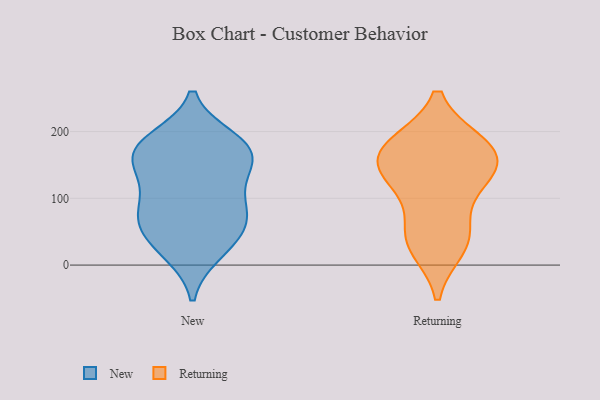
{"axis": {"x": "Conversion Rate (%)", "y": "Value"}, "legend": ["New", "Returning"], "data": [{"x": "", "y": 149, "type": "New"}, {"x": "", "y": 46, "type": "New"}, {"x": "", "y": 64, "type": "New"}, {"x": "", "y": 19, "type": "New"}, {"x": "", "y": 188, "type": "New"}, {"x": "", "y": 144, "type": "New"}, {"x": "", "y": 171, "type": "New"}, {"x": "", "y": 176, "type": "New"}, {"x": "", "y": 175, "type": "New"}, {"x": "", "y": 67, "type": "New"}, {"x": "", "y": 102, "type": "New"}, {"x": "", "y": 129, "type": "New"}, {"x": "", "y": 82, "type": "New"}, {"x": "", "y": 23, "type": "New"}, {"x": "", "y": 181, "type": "New"}, {"x": "", "y": 75, "type": "New"}, {"x": "", "y": 161, "type": "Returning"}, {"x": "", "y": 46, "type": "Returning"}, {"x": "", "y": 126, "type": "Returning"}, {"x": "", "y": 173, "type": "Returning"}, {"x": "", "y": 43, "type": "Returning"}, {"x": "", "y": 180, "type": "Returning"}, {"x": "", "y": 28, "type": "Returning"}, {"x": "", "y": 124, "type": "Returning"}, {"x": "", "y": 180, "type": "Returning"}, {"x": "", "y": 144, "type": "Returning"}]}